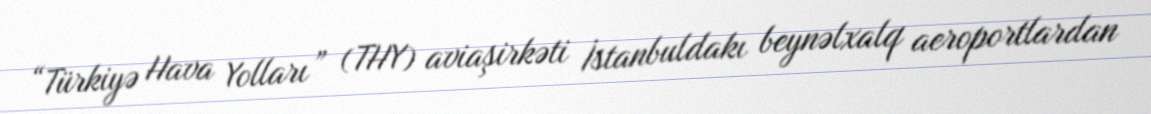
“Türkiyə Hava Yolları” (THY) aviaşirkəti İstanbuldakı beynəlxalq aeroportlardan